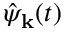
\hat { \psi } _ { \bf k } ( t )